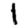
Digit: 1